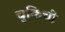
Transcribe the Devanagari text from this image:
चुकिची